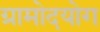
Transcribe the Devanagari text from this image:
ग्रामोदयोग